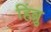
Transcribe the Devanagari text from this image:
हिंब्रु